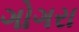
ગોગરા